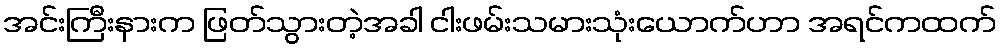
အင်းကြီးနားက ဖြတ်သွားတဲ့အခါ ငါးဖမ်းသမားသုံးယောက်ဟာ အရင်ကထက်